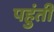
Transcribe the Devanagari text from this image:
पहुंती